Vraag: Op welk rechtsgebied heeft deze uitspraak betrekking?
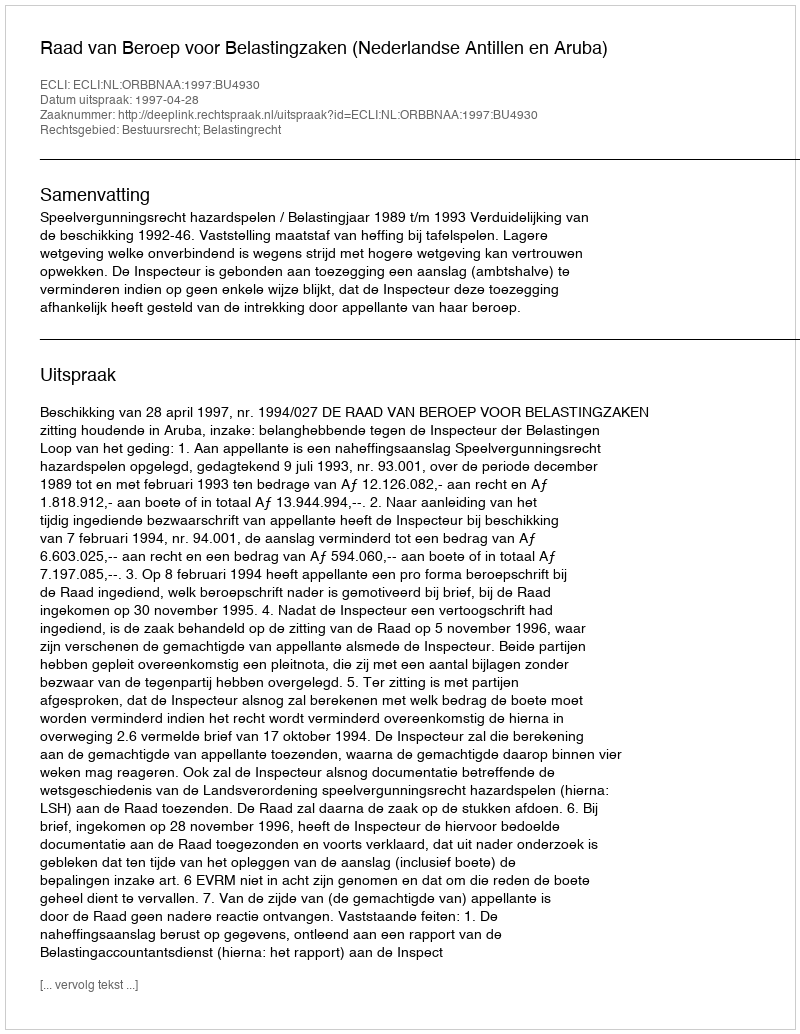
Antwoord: Bestuursrecht; Belastingrecht